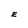
Character: E